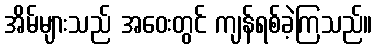
အိမ်များသည် အဝေးတွင် ကျန်ရစ်ခဲ့ကြသည်။